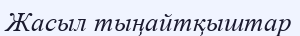
Жасыл тыңайтқыштар